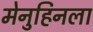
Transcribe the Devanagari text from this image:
मेनुहिनला